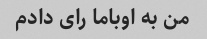
من به اوباما رای دادم